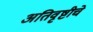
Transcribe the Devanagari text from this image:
अतिवृष्टीचे